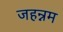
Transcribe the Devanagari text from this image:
जहन्नम